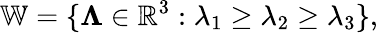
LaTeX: \mathbb{W}=\{ \boldsymbol{\Lambda}\in\mathbb{R}^{3}:\lambda_{1}\geq\lambda_{2}\geq\lambda_{3}\} ,